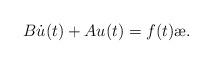
LaTeX: \begin{align*} B\dot{u}(t)+Au(t)=f(t) \ae.\end{align*}